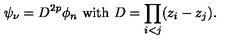
\psi _ { \nu } = D ^ { 2 p } \phi _ { n } \ \mathrm { w i t h } \ D = \prod _ { i < j } ( z _ { i } - z _ { j } ) .